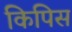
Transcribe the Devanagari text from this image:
किपिस